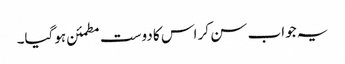
یہ جواب سن کر اس کا دوست مطمئن ہوگیا۔